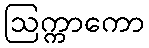
ဩက္ကာကော